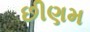
છીણમ